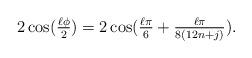
LaTeX: \begin{align*}2\cos(\tfrac{\ell \phi}{2}) = 2 \cos(\tfrac{\ell \pi}{6} + \tfrac{\ell \pi}{8(12n+j)}).\end{align*}